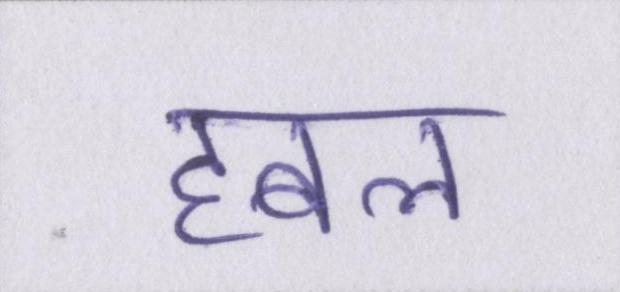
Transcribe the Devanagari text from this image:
हबल